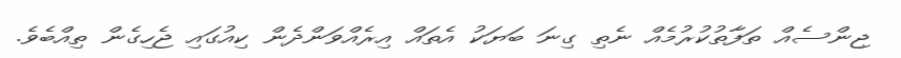
ޖިންސެއް ތަފާތުކުރުމެއް ނެތި ގިނަ ބަޔަކު އެތައް އިރެއްވަންދެން ކިއުގައި ޖެހިގެން ތިއްބެވެ.